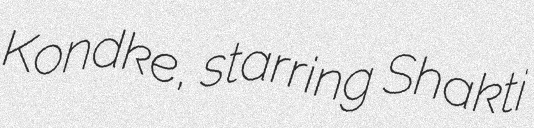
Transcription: Kondke, starring Shakti